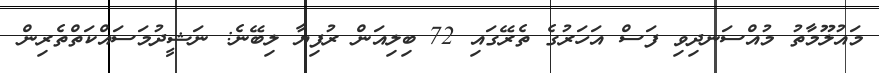
މައުލޫމާތު މުއްސަނދިވި ފަސް އަހަރުގެ ތެރޭގައި 72 ބިލިއަން ރުފިޔާ ލިބޭނެ: ނަޝީދުމަސައްކަތްތެރިން